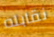
نقابله